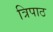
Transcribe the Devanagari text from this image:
त्रिपाठ